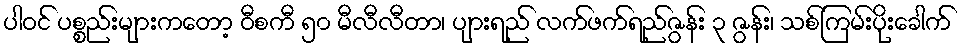
ပါဝင် ပစ္စည်းများကတော့ ဝီစကီ ၅၀ မီလီလီတာ၊ ပျားရည် လက်ဖက်ရည်ဇွန်း ၃ ဇွန်း၊ သစ်ကြမ်းပိုးခေါက်